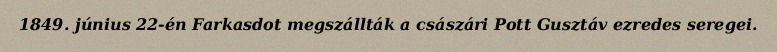
1849. június 22-én Farkasdot megszállták a császári Pott Gusztáv ezredes seregei.